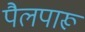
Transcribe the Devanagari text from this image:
पैलपारू